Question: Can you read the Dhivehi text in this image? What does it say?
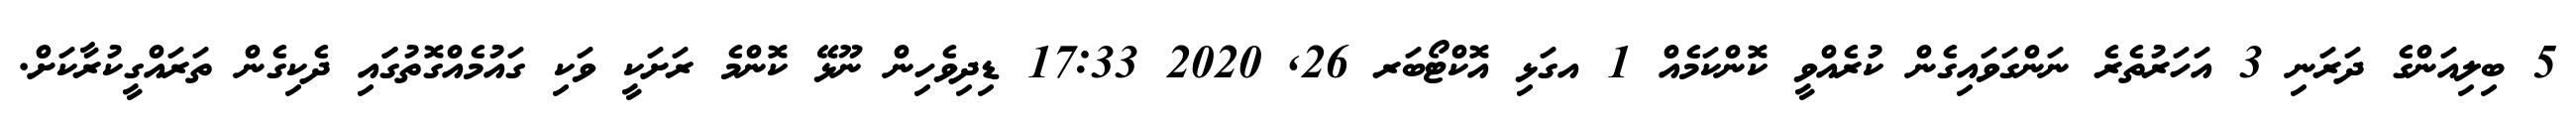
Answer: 5 ބިލިއަންގެ ދަރަނި 3 އަހަރުތެރެ ނަންގަވައިގެން ކުރެއްވީ ކޮންކަމެއް 1 އގަޅި އޮކްޓޯބަރ 26, 2020 17:33 ޑިދިވެހިން ނޫޅޭ ކޮންމެ ރަށަކީ ވަކި ގައުމެއްގޮތުގަައި ދެކިގެން ތަރައްގީކުރާކަށް.